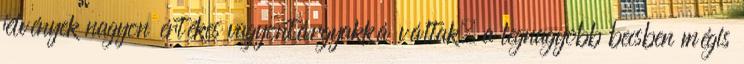
jelvények nagyon értékes vagyontárgyakká váltak, a legnagyobb becsben mégis